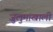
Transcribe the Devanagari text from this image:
जुलुमाखाली